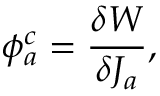
\phi _ { a } ^ { c } = \frac { \delta W } { \delta J _ { a } } ,